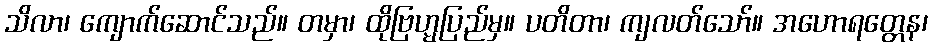
သိလာ၊ ကျောက်ဆောင်သည်။ တမှာ၊ ထိုဗြဟ္မပြည်မှ။ ပတိတာ၊ ကျလတ်သော်။ အဟောရတ္တေန၊